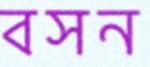
বসন